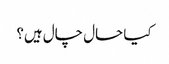
کیا حال چال ہیں؟